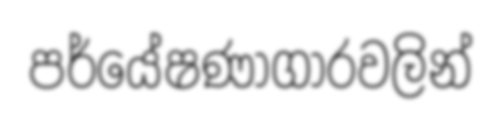
පර්යේෂණාගාරවලින්